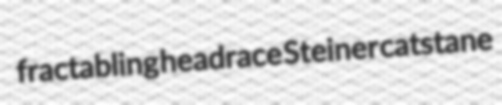
fractabling headrace Steiner catstane